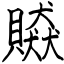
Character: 贆